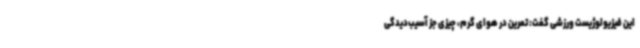
این فیزیولوژیست ورزشی گفت: تمرین در هوای گرم، چیزی جز آسیب‌دیدگی